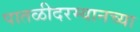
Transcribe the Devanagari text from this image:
पातळीदरम्यानच्या